Plague in India, 1896, 1897 - Volume 1
Year: 1896
Disease focus: Plague
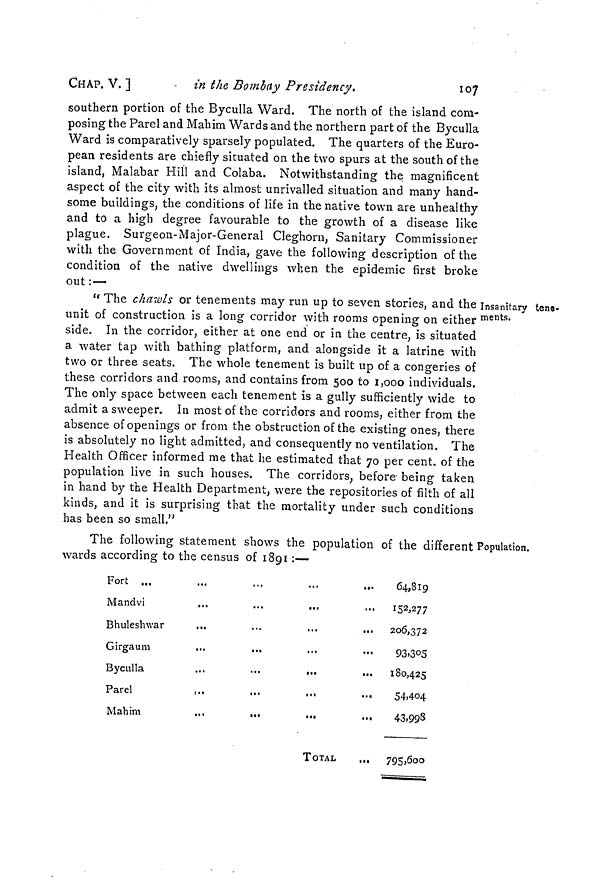
CHAP. V. ]
in the Bombay Presidency.
107
southern portion of the Byculla Ward. The north of the island com-
posing the Parel and Mahim Wards and the northern part of the Byculla
Ward is comparatively sparsely populated. The quarters of the Euro-
pean residents are chiefly situated on the two spurs at the south of the
island, Malabar Hill and Colaba. Notwithstanding the magnificent
aspect of the city with its almost unrivalled situation and many hand-
some buildings, the conditions of life in the native town are unhealthy
and to a high degree favourable to the growth of a disease like
plague. Surgeon-Major-General Cleghorn, Sanitary Commissioner
with the Government of India, gave the following description of the
condition of the native dwellings when the epidemic first broke
out :—
Insanitary tene-
ments.
" The chawls or tenements may run up to seven stories, and the
unit of construction is a long corridor with rooms opening on either
side. In the corridor, either at one end or in the centre, is situated
a water tap with bathing platform, and alongside it a latrine with
two or three seats. The whole tenement is built up of a congeries of
these corridors and rooms, and contains from 500 to 1,000 individuals.
The only space between each tenement is a gully sufficiently wide to
admit a sweeper. In most of the corridors and rooms, either from the
absence of openings or from the obstruction of the existing ones, there
is absolutely no light admitted, and consequently no ventilation. The
Health Officer informed me that he estimated that 70 per cent. of the
population live in such houses. The corridors, before being taken
in hand by the Health Department, were the repositories of filth of all
kinds, and it is surprising that the mortality under such conditions
has been so small."
The following statement shows the population of the different Population.
wards according to the census of 1801 :—
Fort ...
Mandvi
Bhuleshwar
...
...
...
...
Girgaum
...
...
...
...
Byculla
...
...
...
Parel
Mahim
...
...
...
...
TOTAL
...
64,819
152,277
206,372
93,05
180,425
54,404
43,998
795,600